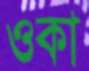
ওকা